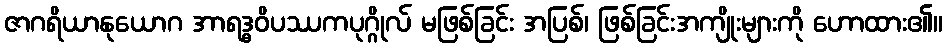
ဇာဂရိယာနုယောဂ အာရဒ္ဓဝိပဿကပုဂ္ဂိုလ် မဖြစ်ခြင်း အပြစ်၊ ဖြစ်ခြင်းအကျိုးများကို ဟောထား၏။